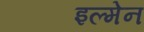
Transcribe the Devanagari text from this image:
इल्मेन